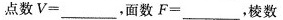
点数V = ___，面数F = ___，棱数`